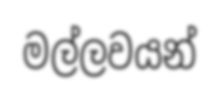
මල්ලවයන්